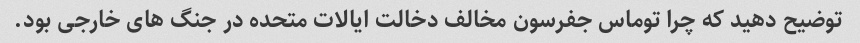
توضیح دهید که چرا توماس جفرسون مخالف دخالت ایالات متحده در جنگ های خارجی بود.